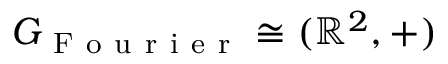
G _ { \mathrm { ~ F ~ o ~ u ~ r ~ i ~ e ~ r ~ } } \cong ( \mathbb { R } ^ { 2 } , + )